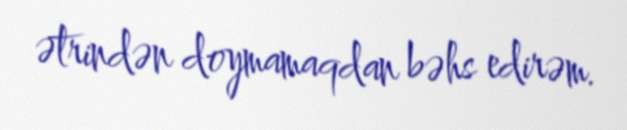
ətrindən doymamaqdan bəhs edirəm.